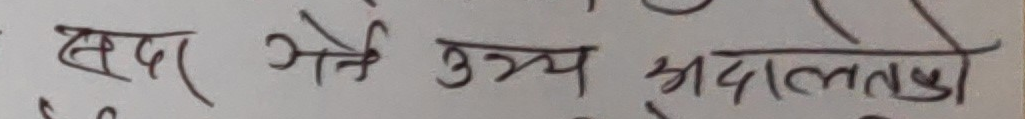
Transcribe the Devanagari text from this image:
खडा हुने उच्च अदालतको